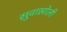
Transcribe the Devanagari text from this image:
सुवाखोली